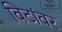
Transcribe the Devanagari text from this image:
विटांवर